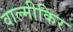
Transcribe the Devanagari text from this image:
वाल्मीकिर